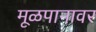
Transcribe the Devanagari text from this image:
मूळपानावर